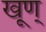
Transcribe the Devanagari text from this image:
खूण्